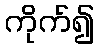
ကိုက်၍